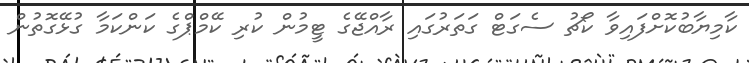
ކާމިޔާބުކޮށްފައިވާ ކޯޗު ސެގަޓް ގަތަރުގައި ރާއްޖޭގެ ޓީމުން ކުރި ކޭމްޕްގެ ކަންކަމާ ގުޅޭގޮތުން